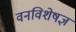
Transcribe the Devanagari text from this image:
वनविशेषज्ञ